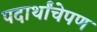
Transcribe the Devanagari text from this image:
पदार्थांचेपण